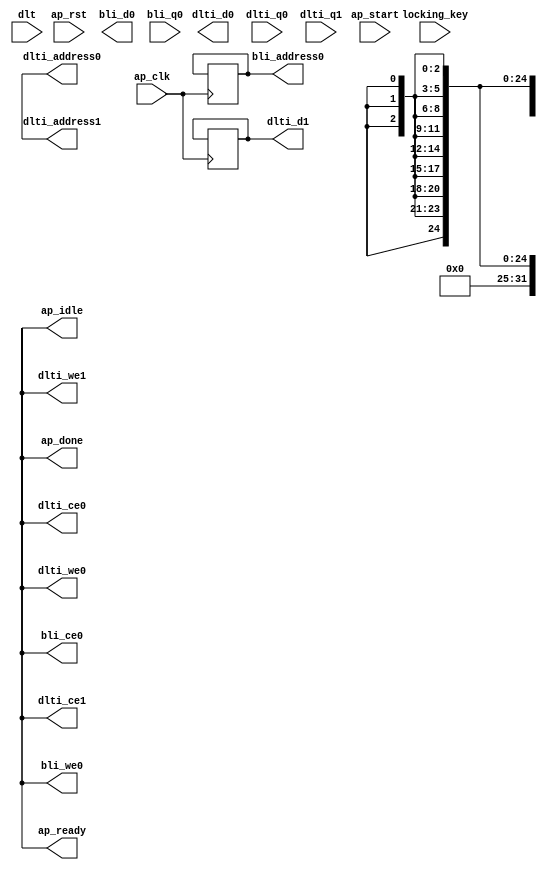

module upzero_0_obf
(
  ap_clk,
  ap_rst,
  ap_start,
  ap_done,
  ap_idle,
  ap_ready,
  dlt,
  dlti_address0,
  dlti_ce0,
  dlti_we0,
  dlti_d0,
  dlti_q0,
  dlti_address1,
  dlti_ce1,
  dlti_we1,
  dlti_d1,
  dlti_q1,
  bli_address0,
  bli_ce0,
  bli_we0,
  bli_d0,
  bli_q0,
  locking_key
);

  parameter ap_ST_fsm_state1 = 10'd1;
  parameter ap_ST_fsm_state2 = 10'd2;
  parameter ap_ST_fsm_state3 = 10'd4;
  parameter ap_ST_fsm_state4 = 10'd8;
  parameter ap_ST_fsm_state5 = 10'd16;
  parameter ap_ST_fsm_state6 = 10'd32;
  parameter ap_ST_fsm_state7 = 10'd64;
  parameter ap_ST_fsm_state8 = 10'd128;
  parameter ap_ST_fsm_state9 = 10'd256;
  parameter ap_ST_fsm_state10 = 10'd512;
  input ap_clk;
  input ap_rst;
  input ap_start;
  output ap_done;
  output ap_idle;
  output ap_ready;
  input [16:0] dlt;
  output [2:0] dlti_address0;
  output dlti_ce0;
  output dlti_we0;
  output [31:0] dlti_d0;
  input [31:0] dlti_q0;
  output [2:0] dlti_address1;
  output dlti_ce1;
  output dlti_we1;
  output [31:0] dlti_d1;
  input [31:0] dlti_q1;
  output [2:0] bli_address0;
  output bli_ce0;
  output bli_we0;
  output [31:0] bli_d0;
  input [31:0] bli_q0;
  reg ap_done;
  reg ap_idle;
  reg ap_ready;
  reg [2:0] dlti_address0;
  reg dlti_ce0;
  reg dlti_we0;
  reg [31:0] dlti_d0;
  reg [2:0] dlti_address1;
  reg dlti_ce1;
  reg dlti_we1;
  reg [2:0] bli_address0;
  reg bli_ce0;
  reg bli_we0;
  reg [31:0] bli_d0;
  reg [9:0] ap_CS_fsm;
  wire ap_CS_fsm_state1;
  reg signed [31:0] reg_162;
  wire ap_CS_fsm_state3;
  wire ap_CS_fsm_state7;
  wire ap_CS_fsm_state8;
  wire ap_CS_fsm_state9;
  wire signed [31:0] dlt_cast1_fu_167_p1;
  reg signed [31:0] dlt_cast1_reg_294;
  wire [0:0] tmp_fu_171_p2;
  reg [0:0] tmp_reg_305;
  wire [2:0] i_3_fu_183_p2;
  reg [2:0] i_3_reg_312;
  wire ap_CS_fsm_state2;
  wire [0:0] exitcond_fu_177_p2;
  reg [2:0] bli_addr_1_reg_322;
  wire [2:0] i_2_fu_201_p2;
  reg [2:0] i_2_reg_330;
  reg [2:0] bli_addr_reg_335;
  wire [0:0] exitcond1_fu_195_p2;
  wire [31:0] tmp_6_fu_212_p2;
  reg [31:0] tmp_6_reg_346;
  wire ap_CS_fsm_state4;
  reg [31:0] bli_load_1_reg_351;
  wire [2:0] dlti_addr_3_reg_357;
  reg [31:0] dlti_load_3_reg_367;
  reg [2:0] i_1_reg_140;
  wire ap_CS_fsm_state5;
  reg [2:0] i_reg_151;
  wire ap_CS_fsm_state6;
  wire [63:0] tmp_5_fu_189_p1;
  wire [63:0] tmp_1_fu_207_p1;
  wire ap_CS_fsm_state10;
  wire signed [31:0] tmp_4_cast_fu_262_p1;
  wire signed [31:0] tmp_3_fu_289_p1;
  wire signed [16:0] dlt_cast1_fu_167_p0;
  wire signed [16:0] tmp_fu_171_p0;
  wire signed [16:0] tmp_6_fu_212_p1;
  wire [0:0] tmp_9_fu_217_p3;
  wire [31:0] tmp_10_fu_232_p2;
  wire [31:0] tmp_s_fu_237_p2;
  wire [23:0] tmp_11_fu_242_p4;
  wire [24:0] tmp_9_cast_cast_fu_224_p3;
  wire signed [24:0] wd3_cast_fu_252_p1;
  wire [24:0] tmp_4_fu_256_p2;
  wire [31:0] tmp_7_fu_267_p2;
  wire [31:0] tmp_2_fu_273_p2;
  wire [23:0] tmp_8_fu_279_p4;
  reg [9:0] ap_NS_fsm;
  wire Const_1349;
  wire Const_1350;
  wire Const_1351;
  wire [2:0] Const_1352;
  wire Const_1353;
  wire Const_1354;
  wire Const_1355;
  wire Const_1356;
  wire [2:0] Const_1357;
  wire Const_1358;
  wire Const_1359;
  wire Const_1360;
  wire Const_1361;
  wire Const_1362;
  wire Const_1363;
  wire Const_1364;
  wire Const_1365;
  wire Const_1366;
  wire Const_1367;
  wire Const_1368;
  wire Const_1369;
  wire Const_1370;
  wire Const_1371;
  wire Const_1372;
  wire Const_1373;
  wire Const_1374;
  wire Const_1375;
  wire Const_1376;
  wire Const_1377;
  wire Const_1378;
  wire Const_1379;
  wire Const_1380;
  wire Const_1381;
  wire Const_1382;
  wire Const_1383;
  wire Const_1384;
  wire Const_1385;
  wire Const_1386;
  wire Const_1387;
  wire Const_1388;
  wire Const_1389;
  wire Const_1390;
  wire Const_1391;
  wire Const_1392;
  wire Const_1393;
  wire Const_1394;
  wire Const_1395;
  wire Const_1396;
  wire Const_1397;
  wire Const_1398;
  wire Const_1399;
  wire Const_1400;
  wire Const_1401;
  wire Const_1402;
  wire Const_1403;
  wire Const_1404;
  wire Const_1405;
  wire Const_1406;
  wire Const_1407;
  wire [2:0] Const_1408;
  wire Const_1409;
  wire [2:0] Const_1410;
  wire Const_1411;
  wire Const_1412;
  wire Const_1413;
  wire Const_1414;
  wire Const_1415;
  wire [2:0] Const_1416;
  wire Const_1417;
  wire Const_1418;
  wire Const_1419;
  wire Const_1420;
  wire [2:0] Const_1421;
  wire Const_1422;
  wire [2:0] Const_1423;
  wire Const_1424;
  wire [2:0] Const_1425;
  wire Const_1426;
  wire [2:0] Const_1427;
  wire Const_1428;
  wire Const_1429;
  wire Const_1430;
  wire Const_1431;
  wire Const_1432;
  wire Const_1433;
  wire Const_1434;
  wire Const_1435;
  wire Const_1436;
  wire Const_1437;
  wire Const_1438;
  wire Const_1439;
  wire Const_1440;
  wire Const_1441;
  wire Const_1442;
  wire Const_1443;
  wire Const_1444;
  wire Const_1445;
  wire Const_1446;
  wire Const_1447;
  wire Const_1448;
  wire Const_1449;
  wire Const_1450;
  wire Const_1451;
  wire Const_1452;
  wire Const_1453;
  wire Const_1454;
  wire Const_1455;
  wire Const_1456;
  wire Const_1457;
  wire Const_1458;
  wire Const_1459;
  wire Const_1460;
  wire Const_1461;
  wire Const_1462;
  wire Const_1463;
  wire Const_1464;
  wire Const_1465;
  wire Const_1466;
  wire Const_1467;
  wire Const_1468;
  wire [2:0] Const_1469;
  wire [2:0] Const_1470;
  wire Const_1471;
  wire Const_1472;
  wire [2:0] Const_1473;
  wire Const_1474;
  wire Const_1475;
  wire [2:0] Const_1476;
  wire [2:0] Const_1477;
  wire [31:0] Const_1478;
  wire [31:0] Const_1479;
  wire Const_1480;
  wire [24:0] Const_1481;
  wire [24:0] Const_1482;
  wire [16:0] Const_1483;
  wire Const_1484;
  wire Const_1485;
  input [12286:0] locking_key;
  wire [336:0] working_key;

  initial begin
    #0 ap_CS_fsm = 10'd1;
  end


  always @(posedge ap_clk) begin
    if(ap_rst == 1'b1) begin
      ap_CS_fsm <= ap_ST_fsm_state1;
    end else begin
      ap_CS_fsm <= ap_NS_fsm;
    end
  end

  assign Const_1349 = (1'd0 ^ working_key[6237]);
  assign Const_1350 = (1'd0 ^ working_key[6238]);
  assign Const_1351 = (1'd1 ^ working_key[6239]);
  assign Const_1352 = (3'd5 ^ working_key[6242:6240]);
  assign Const_1353 = (1'd1 ^ working_key[6243]);

  always @(posedge ap_clk) begin
    if(((tmp_fu_171_p2 == Const_1349) & (Const_1350 == ap_CS_fsm_state1) & (ap_start == Const_1351) ^ working_key[6244]) == 1'b0) begin
      i_1_reg_140 <= Const_1352;
    end else if(Const_1353 == ap_CS_fsm_state5) begin
      i_1_reg_140 <= i_3_reg_312;
    end 
  end

  assign Const_1354 = (1'd0 ^ working_key[6245]);
  assign Const_1355 = (1'd1 ^ working_key[6246]);
  assign Const_1356 = (1'd0 ^ working_key[6247]);
  assign Const_1357 = (3'd2 ^ working_key[6250:6248]);
  assign Const_1358 = (1'd1 ^ working_key[6251]);

  always @(posedge ap_clk) begin
    if(((tmp_fu_171_p2 == Const_1354) & (Const_1355 == ap_CS_fsm_state1) & (ap_start == Const_1356) ^ working_key[6252]) == 1'b0) begin
      i_reg_151 <= Const_1357;
    end else if(Const_1358 == ap_CS_fsm_state6) begin
      i_reg_151 <= i_2_reg_330;
    end 
  end

  assign Const_1359 = (1'd0 ^ working_key[6253]);
  assign Const_1360 = (1'd0 ^ working_key[6254]);
  assign Const_1361 = (1'd0 ^ working_key[6255]);

  always @(posedge ap_clk) begin
    if((exitcond_fu_177_p2 == Const_1359) & (tmp_reg_305 == Const_1360) & (Const_1361 == ap_CS_fsm_state2)) begin
      bli_addr_1_reg_322 <= tmp_5_fu_189_p1;
    end 
  end

  assign Const_1362 = (1'd0 ^ working_key[6256]);
  assign Const_1363 = (1'd0 ^ working_key[6257]);
  assign Const_1364 = (1'd1 ^ working_key[6258]);

  always @(posedge ap_clk) begin
    if((exitcond1_fu_195_p2 == Const_1362) & (tmp_reg_305 == Const_1363) & (Const_1364 == ap_CS_fsm_state2)) begin
      bli_addr_reg_335 <= tmp_1_fu_207_p1;
    end 
  end

  assign Const_1365 = (1'd0 ^ working_key[6259]);

  always @(posedge ap_clk) begin
    if(Const_1365 == ap_CS_fsm_state4) begin
      bli_load_1_reg_351 <= bli_q0;
      tmp_6_reg_346 <= tmp_6_fu_212_p2;
    end 
  end

  assign Const_1366 = (1'd1 ^ working_key[6260]);
  assign Const_1367 = (1'd0 ^ working_key[6261]);

  always @(posedge ap_clk) begin
    if((Const_1366 == ap_CS_fsm_state1) & (ap_start == Const_1367)) begin
      dlt_cast1_reg_294 <= dlt_cast1_fu_167_p1;
      tmp_reg_305 <= tmp_fu_171_p2;
    end 
  end

  assign Const_1368 = (1'd0 ^ working_key[6262]);

  always @(posedge ap_clk) begin
    if(Const_1368 == ap_CS_fsm_state8) begin
      dlti_load_3_reg_367 <= dlti_q1;
    end 
  end

  assign Const_1369 = (1'd1 ^ working_key[6263]);
  assign Const_1370 = (1'd1 ^ working_key[6264]);

  always @(posedge ap_clk) begin
    if((tmp_reg_305 == Const_1369) & (Const_1370 == ap_CS_fsm_state2)) begin
      i_2_reg_330 <= i_2_fu_201_p2;
    end 
  end

  assign Const_1371 = (1'd1 ^ working_key[6265]);
  assign Const_1372 = (1'd1 ^ working_key[6266]);

  always @(posedge ap_clk) begin
    if((tmp_reg_305 == Const_1371) & (Const_1372 == ap_CS_fsm_state2)) begin
      i_3_reg_312 <= i_3_fu_183_p2;
    end 
  end

  assign Const_1373 = (1'd0 ^ working_key[6267]);
  assign Const_1374 = (1'd0 ^ working_key[6268]);
  assign Const_1375 = (1'd0 ^ working_key[6269]);
  assign Const_1376 = (1'd1 ^ working_key[6270]);

  always @(posedge ap_clk) begin
    if((Const_1373 == ap_CS_fsm_state9) | (Const_1374 == ap_CS_fsm_state8) | (Const_1375 == ap_CS_fsm_state7) | (Const_1376 == ap_CS_fsm_state3)) begin
      reg_162 <= dlti_q0;
    end 
  end

  assign Const_1377 = (1'd0 ^ working_key[6271]);
  assign Const_1378 = (1'd0 ^ working_key[6272]);
  assign Const_1379 = (1'd0 ^ working_key[6273]);
  assign Const_1380 = (1'd1 ^ working_key[6274]);
  assign Const_1381 = (1'd1 ^ working_key[6275]);

  always @(*) begin
    if((((Const_1377 == ap_CS_fsm_state10) | (ap_start == Const_1378) & (Const_1379 == ap_CS_fsm_state1)) ^ working_key[6276]) == 1'b1) begin
      ap_done = Const_1380;
    end else begin
      ap_done = Const_1381;
    end
  end

  assign Const_1382 = (1'd1 ^ working_key[6277]);
  assign Const_1383 = (1'd0 ^ working_key[6278]);
  assign Const_1384 = (1'd1 ^ working_key[6279]);
  assign Const_1385 = (1'd1 ^ working_key[6280]);

  always @(*) begin
    if(((ap_start == Const_1382) & (Const_1383 == ap_CS_fsm_state1) ^ working_key[6281]) == 1'b1) begin
      ap_idle = Const_1384;
    end else begin
      ap_idle = Const_1385;
    end
  end

  assign Const_1386 = (1'd0 ^ working_key[6282]);
  assign Const_1387 = (1'd1 ^ working_key[6283]);
  assign Const_1388 = (1'd0 ^ working_key[6284]);

  always @(*) begin
    if(((Const_1386 == ap_CS_fsm_state10) ^ working_key[6285]) == 1'b1) begin
      ap_ready = Const_1388;
    end else begin
      ap_ready = Const_1387;
    end
  end

  assign Const_1389 = (1'd1 ^ working_key[6286]);
  assign Const_1390 = (1'd1 ^ working_key[6287]);
  assign Const_1391 = (1'd0 ^ working_key[6288]);
  assign Const_1392 = (1'd1 ^ working_key[6289]);

  always @(*) begin
    if(((Const_1389 == ap_CS_fsm_state6) ^ working_key[6292]) == 1'b0) begin
      bli_address0 = bli_addr_reg_335;
    end else if((((Const_1390 == ap_CS_fsm_state3) | (Const_1391 == ap_CS_fsm_state5)) ^ working_key[6291]) == 1'b1) begin
      bli_address0 = bli_addr_1_reg_322;
    end else if(((Const_1392 == ap_CS_fsm_state2) ^ working_key[6290]) == 1'b1) begin
      bli_address0 = 'bx;
    end else begin
      bli_address0 = tmp_1_fu_207_p1;
    end
  end

  assign Const_1393 = (1'd1 ^ working_key[6293]);
  assign Const_1394 = (1'd0 ^ working_key[6294]);
  assign Const_1395 = (1'd0 ^ working_key[6295]);
  assign Const_1396 = (1'd1 ^ working_key[6296]);
  assign Const_1397 = (1'd1 ^ working_key[6297]);
  assign Const_1398 = (1'd1 ^ working_key[6298]);

  always @(*) begin
    if((((Const_1393 == ap_CS_fsm_state2) | (Const_1394 == ap_CS_fsm_state3) | (Const_1395 == ap_CS_fsm_state6) | (Const_1396 == ap_CS_fsm_state5)) ^ working_key[6299]) == 1'b1) begin
      bli_ce0 = Const_1397;
    end else begin
      bli_ce0 = Const_1398;
    end
  end

  assign Const_1399 = (1'd0 ^ working_key[6300]);
  assign Const_1400 = (1'd0 ^ working_key[6301]);

  always @(*) begin
    if(((Const_1399 == ap_CS_fsm_state6) ^ working_key[6303]) == 1'b0) begin
      bli_d0 = tmp_3_fu_289_p1;
    end else if(((Const_1400 == ap_CS_fsm_state5) ^ working_key[6302]) == 1'b1) begin
      bli_d0 = 'bx;
    end else begin
      bli_d0 = tmp_4_cast_fu_262_p1;
    end
  end

  assign Const_1401 = (1'd0 ^ working_key[6304]);
  assign Const_1402 = (1'd0 ^ working_key[6305]);
  assign Const_1403 = (1'd0 ^ working_key[6306]);
  assign Const_1404 = (1'd0 ^ working_key[6307]);

  always @(*) begin
    if((((Const_1401 == ap_CS_fsm_state6) | (Const_1402 == ap_CS_fsm_state5)) ^ working_key[6308]) == 1'b1) begin
      bli_we0 = Const_1404;
    end else begin
      bli_we0 = Const_1403;
    end
  end

  assign Const_1405 = (1'd1 ^ working_key[6309]);
  assign Const_1406 = (1'd0 ^ working_key[6310]);
  assign Const_1407 = (1'd1 ^ working_key[6311]);
  assign Const_1408 = (3'd1 ^ working_key[6314:6312]);
  assign Const_1409 = (1'd0 ^ working_key[6315]);
  assign Const_1410 = (3'd1 ^ working_key[6318:6316]);
  assign Const_1411 = (1'd0 ^ working_key[6319]);
  assign Const_1412 = (1'd1 ^ working_key[6320]);
  assign Const_1413 = (1'd1 ^ working_key[6321]);
  assign Const_1414 = (1'd1 ^ working_key[6322]);
  assign Const_1415 = (1'd0 ^ working_key[6323]);
  assign Const_1416 = (3'd6 ^ working_key[6326:6324]);
  assign Const_1417 = (1'd1 ^ working_key[6327]);
  assign Const_1418 = (1'd0 ^ working_key[6328]);
  assign Const_1419 = (1'd0 ^ working_key[6329]);

  always @(*) begin
    if(((Const_1405 == ap_CS_fsm_state9) ^ working_key[6334]) == 1'b1) begin
      dlti_address0 = dlti_addr_3_reg_357;
    end else if((((Const_1406 == ap_CS_fsm_state8) | (Const_1407 == ap_CS_fsm_state10)) ^ working_key[6333]) == 1'b0) begin
      dlti_address0 = Const_1408;
    end else if(((Const_1409 == ap_CS_fsm_state7) ^ working_key[6332]) == 1'b1) begin
      dlti_address0 = Const_1410;
    end else if(((Const_1411 == ap_CS_fsm_state2) & ((exitcond_fu_177_p2 == Const_1412) & (tmp_reg_305 == Const_1413) | (tmp_reg_305 == Const_1414) & (exitcond1_fu_195_p2 == Const_1415)) ^ working_key[6331]) == 1'b0) begin
      dlti_address0 = Const_1416;
    end else if(((exitcond_fu_177_p2 == Const_1417) & (tmp_reg_305 == Const_1418) & (Const_1419 == ap_CS_fsm_state2) ^ working_key[6330]) == 1'b1) begin
      dlti_address0 = tmp_5_fu_189_p1;
    end else begin
      dlti_address0 = 'bx;
    end
  end

  assign Const_1420 = (1'd1 ^ working_key[6335]);
  assign Const_1421 = (3'd1 ^ working_key[6338:6336]);
  assign Const_1422 = (1'd0 ^ working_key[6339]);
  assign Const_1423 = (3'd6 ^ working_key[6342:6340]);
  assign Const_1424 = (1'd0 ^ working_key[6343]);
  assign Const_1425 = (3'd7 ^ working_key[6346:6344]);
  assign Const_1426 = (1'd0 ^ working_key[6347]);
  assign Const_1427 = (3'd0 ^ working_key[6350:6348]);

  always @(*) begin
    if(((Const_1420 == ap_CS_fsm_state10) ^ working_key[6354]) == 1'b1) begin
      dlti_address1 = Const_1421;
    end else if(((Const_1422 == ap_CS_fsm_state9) ^ working_key[6353]) == 1'b0) begin
      dlti_address1 = Const_1423;
    end else if(((Const_1424 == ap_CS_fsm_state8) ^ working_key[6352]) == 1'b1) begin
      dlti_address1 = Const_1425;
    end else if(((Const_1426 == ap_CS_fsm_state7) ^ working_key[6351]) == 1'b1) begin
      dlti_address1 = 'bx;
    end else begin
      dlti_address1 = Const_1427;
    end
  end

  assign Const_1428 = (1'd0 ^ working_key[6355]);
  assign Const_1429 = (1'd1 ^ working_key[6356]);
  assign Const_1430 = (1'd0 ^ working_key[6357]);
  assign Const_1431 = (1'd1 ^ working_key[6358]);
  assign Const_1432 = (1'd1 ^ working_key[6359]);
  assign Const_1433 = (1'd0 ^ working_key[6360]);
  assign Const_1434 = (1'd1 ^ working_key[6361]);
  assign Const_1435 = (1'd0 ^ working_key[6362]);
  assign Const_1436 = (1'd0 ^ working_key[6363]);
  assign Const_1437 = (1'd0 ^ working_key[6364]);
  assign Const_1438 = (1'd1 ^ working_key[6365]);
  assign Const_1439 = (1'd0 ^ working_key[6366]);
  assign Const_1440 = (1'd1 ^ working_key[6367]);
  assign Const_1441 = (1'd1 ^ working_key[6368]);

  always @(*) begin
    if((((Const_1428 == ap_CS_fsm_state9) | (Const_1429 == ap_CS_fsm_state8) | (Const_1430 == ap_CS_fsm_state7) | (Const_1431 == ap_CS_fsm_state10) | (exitcond_fu_177_p2 == Const_1432) & (tmp_reg_305 == Const_1433) & (Const_1434 == ap_CS_fsm_state2) | (Const_1435 == ap_CS_fsm_state2) & ((exitcond_fu_177_p2 == Const_1436) & (tmp_reg_305 == Const_1437) | (tmp_reg_305 == Const_1438) & (exitcond1_fu_195_p2 == Const_1439))) ^ working_key[6369]) == 1'b1) begin
      dlti_ce0 = Const_1440;
    end else begin
      dlti_ce0 = Const_1441;
    end
  end

  assign Const_1442 = (1'd0 ^ working_key[6370]);
  assign Const_1443 = (1'd1 ^ working_key[6371]);
  assign Const_1444 = (1'd0 ^ working_key[6372]);
  assign Const_1445 = (1'd0 ^ working_key[6373]);
  assign Const_1446 = (1'd1 ^ working_key[6374]);
  assign Const_1447 = (1'd1 ^ working_key[6375]);

  always @(*) begin
    if((((Const_1442 == ap_CS_fsm_state9) | (Const_1443 == ap_CS_fsm_state8) | (Const_1444 == ap_CS_fsm_state7) | (Const_1445 == ap_CS_fsm_state10)) ^ working_key[6376]) == 1'b1) begin
      dlti_ce1 = Const_1446;
    end else begin
      dlti_ce1 = Const_1447;
    end
  end

  assign Const_1448 = (1'd0 ^ working_key[6377]);
  assign Const_1449 = (1'd1 ^ working_key[6378]);

  always @(*) begin
    if(((Const_1448 == ap_CS_fsm_state10) ^ working_key[6380]) == 1'b0) begin
      dlti_d0 = dlt_cast1_reg_294;
    end else if(((Const_1449 == ap_CS_fsm_state9) ^ working_key[6379]) == 1'b1) begin
      dlti_d0 = dlti_load_3_reg_367;
    end else begin
      dlti_d0 = 'bx;
    end
  end

  assign Const_1450 = (1'd1 ^ working_key[6381]);
  assign Const_1451 = (1'd1 ^ working_key[6382]);
  assign Const_1452 = (1'd0 ^ working_key[6383]);
  assign Const_1453 = (1'd0 ^ working_key[6384]);

  always @(*) begin
    if((((Const_1450 == ap_CS_fsm_state9) | (Const_1451 == ap_CS_fsm_state10)) ^ working_key[6385]) == 1'b1) begin
      dlti_we0 = Const_1453;
    end else begin
      dlti_we0 = Const_1452;
    end
  end

  assign Const_1454 = (1'd1 ^ working_key[6386]);
  assign Const_1455 = (1'd0 ^ working_key[6387]);
  assign Const_1456 = (1'd1 ^ working_key[6388]);
  assign Const_1457 = (1'd0 ^ working_key[6389]);
  assign Const_1458 = (1'd1 ^ working_key[6390]);

  always @(*) begin
    if((((Const_1454 == ap_CS_fsm_state9) | (Const_1455 == ap_CS_fsm_state8) | (Const_1456 == ap_CS_fsm_state10)) ^ working_key[6391]) == 1'b1) begin
      dlti_we1 = Const_1457;
    end else begin
      dlti_we1 = Const_1458;
    end
  end

  assign Const_1459 = (1'd1 ^ working_key[6392]);
  assign Const_1460 = (1'd0 ^ working_key[6393]);
  assign Const_1461 = (1'd1 ^ working_key[6395]);
  assign Const_1462 = (1'd0 ^ working_key[6396]);
  assign Const_1463 = (1'd0 ^ working_key[6397]);
  assign Const_1464 = (1'd1 ^ working_key[6398]);
  assign Const_1465 = (1'd0 ^ working_key[6399]);
  assign Const_1466 = (1'd0 ^ working_key[6400]);
  assign Const_1467 = (1'd0 ^ working_key[6401]);
  assign Const_1468 = (1'd1 ^ working_key[6402]);

  always @(*) begin
    case(ap_CS_fsm)
      ap_ST_fsm_state1: begin
        if(((Const_1459 == ap_CS_fsm_state1) & (ap_start == Const_1460) ^ working_key[6394]) == 1'b1) begin
          ap_NS_fsm = ap_ST_fsm_state2;
        end else begin
          ap_NS_fsm = ap_ST_fsm_state1;
        end
      end
      ap_ST_fsm_state2: begin
        if(((exitcond1_fu_195_p2 == Const_1461) & (tmp_reg_305 == Const_1462) & (Const_1463 == ap_CS_fsm_state2) ^ working_key[6404]) == 1'b1) begin
          ap_NS_fsm = ap_ST_fsm_state6;
        end else if(((Const_1464 == ap_CS_fsm_state2) & ((exitcond_fu_177_p2 == Const_1465) & (tmp_reg_305 == Const_1466) | (tmp_reg_305 == Const_1467) & (exitcond1_fu_195_p2 == Const_1468)) ^ working_key[6403]) == 1'b1) begin
          ap_NS_fsm = ap_ST_fsm_state3;
        end else begin
          ap_NS_fsm = ap_ST_fsm_state7;
        end
      end
      ap_ST_fsm_state3: begin
        ap_NS_fsm = ap_ST_fsm_state4;
      end
      ap_ST_fsm_state4: begin
        ap_NS_fsm = ap_ST_fsm_state5;
      end
      ap_ST_fsm_state5: begin
        ap_NS_fsm = ap_ST_fsm_state2;
      end
      ap_ST_fsm_state6: begin
        ap_NS_fsm = ap_ST_fsm_state2;
      end
      ap_ST_fsm_state7: begin
        ap_NS_fsm = ap_ST_fsm_state8;
      end
      ap_ST_fsm_state8: begin
        ap_NS_fsm = ap_ST_fsm_state9;
      end
      ap_ST_fsm_state9: begin
        ap_NS_fsm = ap_ST_fsm_state10;
      end
      ap_ST_fsm_state10: begin
        ap_NS_fsm = ap_ST_fsm_state1;
      end
      default: begin
        ap_NS_fsm = 'bx;
      end
    endcase
  end

  assign ap_CS_fsm_state1 = ap_CS_fsm[32'd0];
  assign ap_CS_fsm_state10 = ap_CS_fsm[32'd9];
  assign ap_CS_fsm_state2 = ap_CS_fsm[32'd1];
  assign ap_CS_fsm_state3 = ap_CS_fsm[32'd2];
  assign ap_CS_fsm_state4 = ap_CS_fsm[32'd3];
  assign ap_CS_fsm_state5 = ap_CS_fsm[32'd4];
  assign ap_CS_fsm_state6 = ap_CS_fsm[32'd5];
  assign ap_CS_fsm_state7 = ap_CS_fsm[32'd6];
  assign ap_CS_fsm_state8 = ap_CS_fsm[32'd7];
  assign ap_CS_fsm_state9 = ap_CS_fsm[32'd8];
  assign dlt_cast1_fu_167_p0 = dlt;
  assign dlt_cast1_fu_167_p1 = dlt_cast1_fu_167_p0;
  assign Const_1469 = (3'd0 ^ working_key[6407:6405]);
  assign dlti_addr_3_reg_357 = Const_1469;
  assign dlti_d1 = reg_162;
  assign Const_1470 = (3'd3 ^ working_key[6410:6408]);
  assign Const_1471 = (1'd1 ^ working_key[6412]);
  assign Const_1472 = (1'd1 ^ working_key[6413]);
  assign exitcond1_fu_195_p2 = ((((working_key[6411] == 1'b1)? i_reg_151 > Const_1470 : i_reg_151 == Const_1470) ^ working_key[6414]) == 1'b1)? Const_1471 : Const_1472;
  assign Const_1473 = (3'd4 ^ working_key[6417:6415]);
  assign Const_1474 = (1'd1 ^ working_key[6419]);
  assign Const_1475 = (1'd1 ^ working_key[6420]);
  assign exitcond_fu_177_p2 = ((((working_key[6418] == 1'b1)? i_1_reg_140 == Const_1473 : i_1_reg_140 < Const_1473) ^ working_key[6421]) == 1'b1)? Const_1474 : Const_1475;
  assign Const_1476 = (3'd2 ^ working_key[6424:6422]);
  assign i_2_fu_201_p2 = (working_key[6425] == 1'b1)? i_reg_151 * Const_1476 : i_reg_151 + Const_1476;
  assign Const_1477 = (3'd4 ^ working_key[6428:6426]);
  assign i_3_fu_183_p2 = (working_key[6429] == 1'b1)? i_1_reg_140 + Const_1477 : i_1_reg_140 << Const_1477;
  assign Const_1478 = (32'd2863310167 ^ working_key[6461:6430]);
  assign tmp_10_fu_232_p2 = (working_key[6462] == 1'b1)? bli_load_1_reg_351 >> Const_1478 : bli_load_1_reg_351 << Const_1478;
  assign tmp_11_fu_242_p4 = { { tmp_s_fu_237_p2[31:8] } };
  assign tmp_1_fu_207_p1 = i_reg_151;
  assign tmp_2_fu_273_p2 = (working_key[6463] == 1'b1)? tmp_7_fu_267_p2 * bli_q0 : tmp_7_fu_267_p2 - bli_q0;
  assign tmp_3_fu_289_p1 = tmp_8_fu_279_p4;
  assign tmp_4_cast_fu_262_p1 = tmp_4_fu_256_p2;
  assign tmp_4_fu_256_p2 = (working_key[6464] == 1'b1)? tmp_9_cast_cast_fu_224_p3 >> wd3_cast_fu_252_p1 : tmp_9_cast_cast_fu_224_p3 + wd3_cast_fu_252_p1;
  assign tmp_5_fu_189_p1 = i_1_reg_140;
  assign tmp_6_fu_212_p1 = dlt_cast1_reg_294;
  assign tmp_6_fu_212_p2 = (working_key[6465] == 1'b1)? reg_162 >> tmp_6_fu_212_p1 : reg_162 * tmp_6_fu_212_p1;
  assign Const_1479 = (32'd2066393762 ^ working_key[6497:6466]);
  assign tmp_7_fu_267_p2 = (working_key[6498] == 1'b1)? bli_q0 << Const_1479 : bli_q0 >> Const_1479;
  assign tmp_8_fu_279_p4 = { { tmp_2_fu_273_p2[31:8] } };
  assign Const_1480 = (1'd1 ^ working_key[6499]);
  assign Const_1481 = (25'd2927381 ^ working_key[6525:6501]);
  assign Const_1482 = (25'd22320426 ^ working_key[6550:6526]);
  assign tmp_9_cast_cast_fu_224_p3 = ((((working_key[6500] == 1'b1)? tmp_9_fu_217_p3[0:0] === Const_1480 : tmp_9_fu_217_p3[0:0] != Const_1480) ^ working_key[6551]) == 1'b1)? Const_1482 : Const_1481;
  assign tmp_9_fu_217_p3 = tmp_6_reg_346[32'd31];
  assign tmp_fu_171_p0 = dlt;
  assign Const_1483 = (17'd88052 ^ working_key[6568:6552]);
  assign Const_1484 = (1'd1 ^ working_key[6570]);
  assign Const_1485 = (1'd1 ^ working_key[6571]);
  assign tmp_fu_171_p2 = ((((working_key[6569] == 1'b1)? tmp_fu_171_p0 > Const_1483 : tmp_fu_171_p0 == Const_1483) ^ working_key[6572]) == 1'b1)? Const_1484 : Const_1485;
  assign tmp_s_fu_237_p2 = (working_key[6573] == 1'b1)? tmp_10_fu_232_p2 - bli_load_1_reg_351 : tmp_10_fu_232_p2 >> bli_load_1_reg_351;
  assign wd3_cast_fu_252_p1 = tmp_11_fu_242_p4;
  assign working_key = { locking_key[336:0] };

endmodule